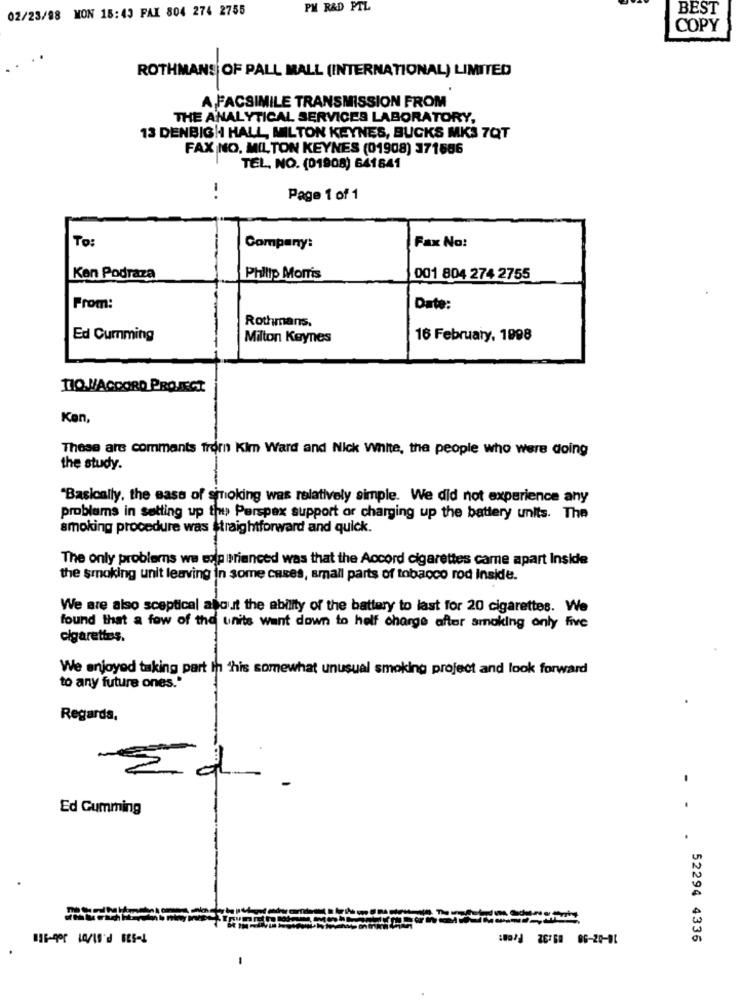
02/23/98 MON 18:43 FAX 804 274 2755
PM R&D PTL
BEST
COPY
ROTHMANS OF PALL MALL (INTERNATIONAL) LIMITED
A FACSIMILE TRANSMISSION FROM
THE ANALYTICAL SERVICES LABORATORY,
13 DENBIGH HALL, MILTON KEYNES, BUCKS MK3 7QT
FAX NO. MILTON KEYNES (01908) 371686
TEL. NO. (01908) 641841
1
Page 1 of 1
To:
Fax No:
Company:
Ken Podraza
Philip Morris
001 804 274 2755
From:
Date:
Rothmans.
Ed Cumming
Milton Keynes
16 February, 1998
TIO. VACCORD PROJECT
Ken,
These are comments fromn Kim Ward and Nick white, the people who were doing
the study.
"Basically, the sass of smoking was relatively simple. We did not experience any
problems in setting up the Perspex support or charging up the battery units. The
smoking procedure was straightforward and quick.
The only problems we wolp urianced was that the Accord cigarettes came apart Inside
the smoking unit leaving in some cases, small parts of tobacco rod Inside.
We are also sceptical about the ability of the battery to last for 20 cigarettes. We
found that a few of the units want down to helf charge after smoking only five
cigarettes.
We enjoyed taking part In his somewhat unusual smoking project and look forward
to any future ones."
Regards,
Ed Gumming
:00/ 20760 06-20-01
. 52294 4336